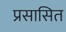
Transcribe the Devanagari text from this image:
प्रसासित